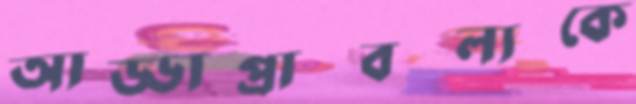
আড্ডাপ্রাবল্যকে